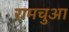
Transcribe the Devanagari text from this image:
रामचुआ